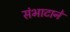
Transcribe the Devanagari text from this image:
संभाटाने